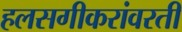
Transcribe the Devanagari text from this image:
हलसगीकरांवरती